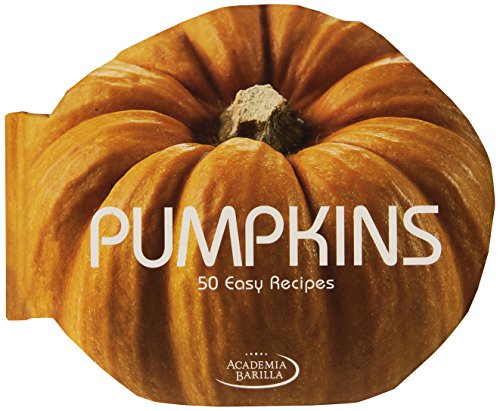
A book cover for Pumpkins: 50 Easy Recipes; Academia Barilla; Cookbooks, Food & Wine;